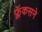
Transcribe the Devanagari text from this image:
फ्लॅकसने